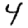
Digit: 4